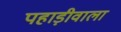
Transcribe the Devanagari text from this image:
पहाड़ीवाला